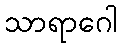
သာရာဂေါ